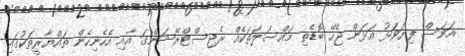
އަވަސް ފިޔަވަޅު އަޅަން ޖެހޭ ބޮޑެތި މައްސަލަތަކެއް ރެޖިސްޓްރޭޝަންގަ އާއި އެހެނިހެން ތައްޔާރީތަކުގައި